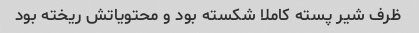
ظرف شیر پسته کاملا شکسته بود و محتویاتش ریخته بود